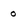
Character: 0